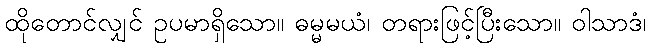
ထိုတောင်လျှင် ဥပမာရှိသော။ ဓမ္မမယံ၊ တရားဖြင့်ပြီးသော။ ဝါသာဒံ၊